Insane asylums in Bengal annual reports 1876-1887 - 1876-1887
Year: 1876
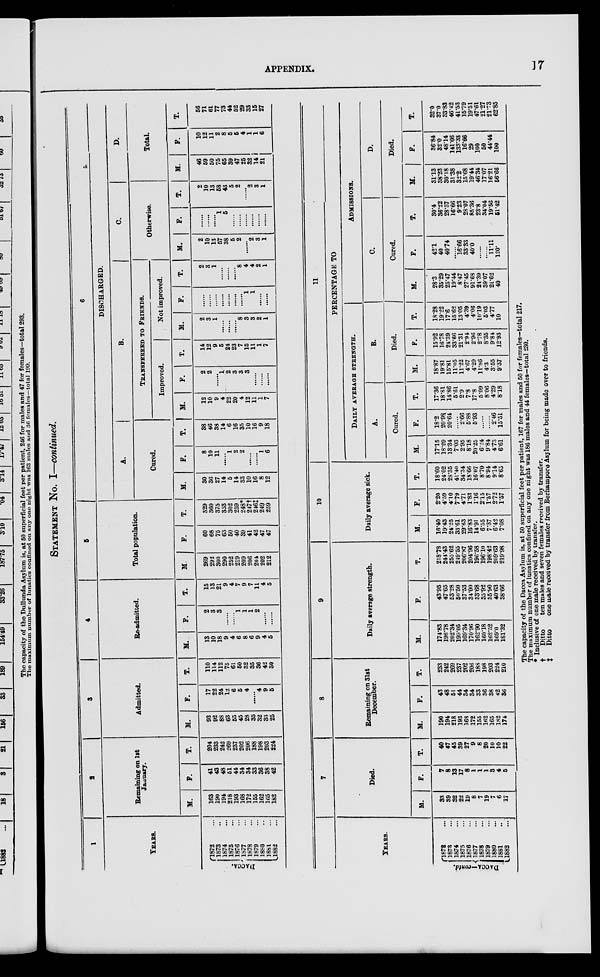
APPENDIX.
17
STATEMENT No. I—continued.
1
YEARS.
DACCA.
1872 ...
1873 ...
1874 ...
1875 ...
1876 ...
1877 ...
1878 ...
1879 ...
1880 ...
1881 ...
1882 ...
2
Remaining on 1st
January.
M.
163
190
194
218
193
168
172
155
162
165
182
F.
41
43
48
51
44
34
34
33
36
38
42
T.
204
233
242
269
237
202
206
188
198
203
224
3
Admitted.
M.
93
92
88
63
55
45
28
35
32
33
25
F.
17
22
24
13
6
5
4
......
4
9
5
T.
110
114
112
75
61
50
32
35
36
42
30
4
Re-admitted.
M.
13
10
18
9
4
6
8
6
9
4
5
F.
2
3
3
......
......
1
1
1
2
......
......
T.
15
13
21
9
4
7
9
7
11
4
5
5
Total population.
M.
269
292
300
290
252
219
209
206
204
202
212
F.
60
68
75
63
50
40
39
41
42
47
47
T.
329
360
375
353
302
259
248*
247†
246‡
249
259
6
DISCHARGED.
A.
Cured.
M.
30
36
27
14
5
14
33
10
16
8
12
F.
8
10
11
......
1
2
2
......
......
1
6
T.
38
46
38
14
6
16
35
10
16
9
18
B.
TRANSFERRED TO FRIENDS.
Improved.
M.
12
10
9
4
22
20
4
12
11
1
7
F.
2
2
......
1
2
3
3
3
......
......
......
T.
14
12
9
5
24
23
7
15
11
1
7
Not improved.
M.
2
3
1
......
......
......
8
3
3
2
1
F.
......
......
......
......
......
......
......
1
1
......
......
T.
2
3
1
......
......
......
8
4
4
2
1
C.
Otherwise.
M.
2
10
13
57
38
5
2
......
2
3
1
F.
......
......
......
1
5
......
......
......
......
......
......
T.
2
10
13
58
43
5
2
......
2
3
1
D.
Total.
M.
46
59
50
75
65
39
47
25
32
14
21
F.
10
12
11
2
8
5
5
4
1
1
6
T.
56
71
61
77
73
44
52
29
33
15
27
YEARS.
DACCA—contd.
1872 ...
1873 ...
1874 ...
1875 ...
1876 ...
1877 ...
1878 ...
1879 ...
1880 ...
1881 ...
1882 ...
7
Died.
M.
33
39
32
22
19
8
7
19
7
6
17
F.
7
8
13
17
8
1
1
1
3
4
5
T.
40
47
45
39
27
9
8
20
10
10
22
8
Remaining on 31st
December.
M.
190
194
218
193
168
172
155
162
165
182
174
F.
43
48
51
44
34
34
33
36
38
42
36
T.
233
242
269
237
202
206
188
198
203
224
210
9
Daily average strength.
M.
174.83
196.78
202.34
199.05
169.34
170.96
162.90
160.18
162.52
169.0
181.32
F.
43.95
47.65
53.28
50.50
37.53
34.00
33.68
35.92
35.90
40.63
38.66
T.
218.78
244.43
255.62
249.55
206.87
204.96
196.58
196.10
198.42
209.63
219.98
10
Daily average sick.
M.
16.40
19.43
24.25
33.61
29.63
16.83
14.91
6.55
7.37
6.42
7.08
F.
2.20
4.59
4.10
7.79
4.71
1.83
1.16
2.15
1.57
2.72
1.57
T.
18.60
24.02
28.35
41.40
34.34
18.66
16.07
8.70
8.94
9.14
8.65
11
PERCENTAGE TO
DAILY AVERAGE STRENGTH.
A.
Cured.
M.
17.15
18.29
13.34
7.03
2.95
8.18
20.25
6.24
9.84
4.73
6.61
F.
18.2
20.98
20.64
......
2.66
5.88
5.93
......
......
2.46
15.51
T.
17.36
18.81
14.86
5.61
2.9
7.8
17.8
5.09
8.06
4.29
8.18
B.
Died.
M.
18.87
19.81
15.81
11.05
11.22
4.67
4.29
11.86
4.3
3.55
9.37
F.
15.92
16.78
24.39
33.66
21.31
2.94
2.96
2.78
8.35
9.84
12.93
T.
18.28
19.22
17.6
15.62
13.05
4.39
4.06
10.19
5.03
4.77
10
ADMISSIONS.
C.
Cured.
M.
28.3
35.29
25.47
19.44
8.47
27.45
91.68
24.39
39.07
21.62
40
F.
42.1
40
40.74
......
16.66
33.33
40.0
......
......
11.11
120.
T.
30.4
36.22
28.57
16.66
9.23
28.07
85.36
23.8
34.04
19.56
51.42
D.
Died.
M.
31.13
38.23
30.18
31.38
32.2
15.68
19.44
46.34
17.07
16.21
56.66
F.
36.84
32.0
48.14
141.66
133.33
16.66
29
100
50
44.44
100
T.
32.0
37.0
33.83
46.42
41.53
15.79
19.51
47.61
21.27
21.73
62.85
The capacity of the Dacca Asylum is, at 50 superficial feet per patient, 167 for males and 50 for females—total 217.
The maximum number of lunatics confined on any one night was 186 males and 44 females—total 230.
* Inclusive of one male received by transfer.
†
Ditto
ten males and seven females received by transfer.
‡
Ditto
one male received by transfer from Berhampore Asylum for being made over to friends.